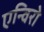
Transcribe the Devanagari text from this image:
एन्विरो